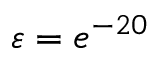
\varepsilon = e ^ { - 2 0 }